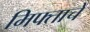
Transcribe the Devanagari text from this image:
मिफ्ताचे